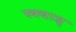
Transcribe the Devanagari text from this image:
स्क्वाड्